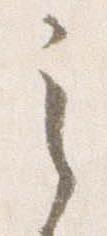
之